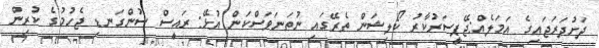
ދަށުދަރަޖައިގެ އަމަލެއް:ޖޭޕީސަރުކާރު ކޯލިޝަން ތެރޭގައި ނުތަނަވަސްކަން އުޅޭ: ރައީސް ސުންގަނޑި ޖެހުމުގެ ކުރިން